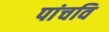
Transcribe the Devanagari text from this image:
पांचवि